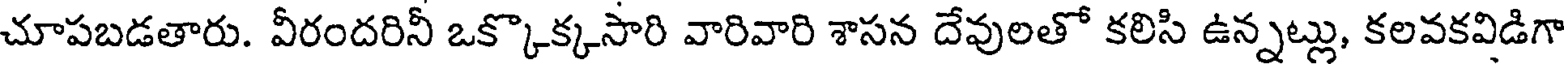
చూపబడతారు. వీరందరినీ ఒక్కొక్కసారి వారివారి శాసన దేవులతో కలిసి ఉన్నట్లు, కలవకవిడిగా